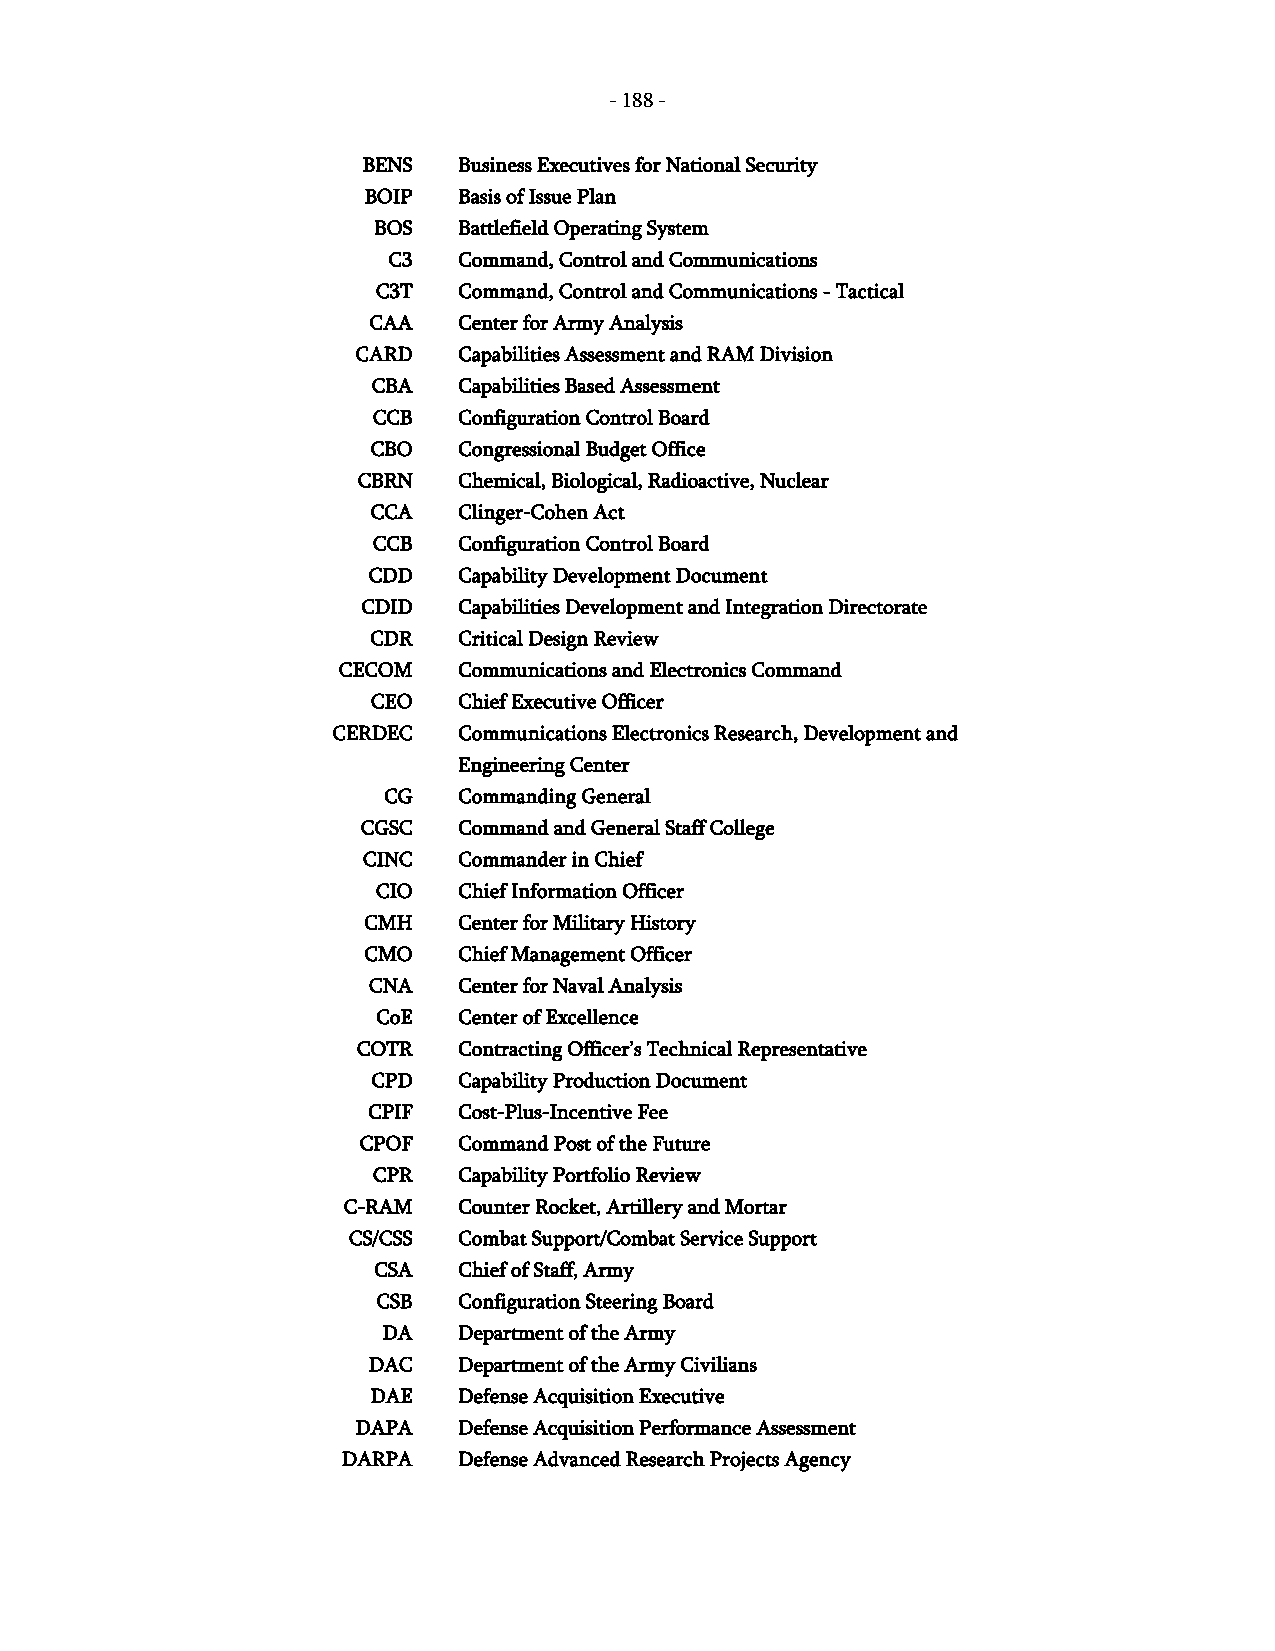
- 188 -
 BENS  Business Executives for National Security
 BOIP  Basis of Issue Plan
 BOS  Battlefield Operating System
 C3  Command, Control and Communications
 C3T  Command, Control and Communications - Tactical
 CAA   Center for Army Analysis
 CARD  Capabilities Assessment and RAM Division
 CBA  Capabilities Based Assessment
 CCB  Configuration Control Board
 CBO  Congressional Budget Office
 CBRN  Chemical, Biological, Radioactive, Nuclear
 CCA  Clinger-Cohen Act
 CCB  Configuration Control Board
 CDD   Capability Development Document
 CDID  Capabilities Development and Integration Directorate
 CDR  Critical Design Review
 CECOM   Communications and Electronics Command
 CEO  Chief Executive Officer
 CERDEC  Communications Electronics Research, Development and
 Engineering Center
 CG   Commanding General
 CGSC  Command and General Staff College
 CINC  Commander in Chief
 CIO  Chief Information Officer
 CMH   Center for Military History
 CMO   Chief Management Officer
 CNA   Center for Naval Analysis
 CoE  Center of Excellence
 COTR  Contracting Officer’s Technical Representative
 CPD  Capability Production Document
 CPIF  Cost-Plus-Incentive Fee
 CPOF  Command Post of the Future
 CPR  Capability Portfolio Review
 C-RAM  Counter Rocket, Artillery and Mortar
 CS/CSS Combat Support/Combat Service Support
 CSA  Chief of Staff, Army
 CSB  Configuration Steering Board
 DA   Department of the Army
 DAC   Department of the Army Civilians
 DAE  Defense Acquisition Executive
 DAPA  Defense Acquisition Performance Assessment
 DARPA  Defense Advanced Research Projects Agency
 -
 188
 -